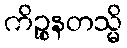
ကိဉ္စနတသ္မိ